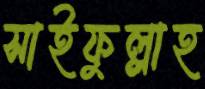
সাইফুল্লাহ